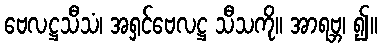
ဗေလဋ္ဌသီသံ၊ အရှင်ဗေလဋ္ဌ သီသကို။ အာရဗ္ဘ၊ ၍။